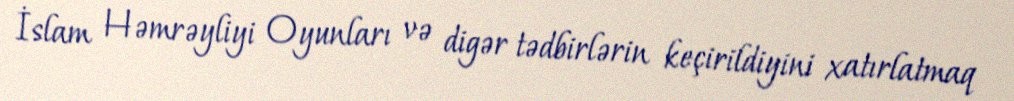
İslam Həmrəyliyi Oyunları və digər tədbirlərin keçirildiyini xatırlatmaq